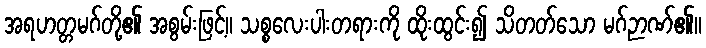
အရဟတ္တမဂ်တို့၏ အစွမ်းဖြင့်။ သစ္စလေးပါးတရားကို ထိုးထွင်း၍ သိတတ်သော မဂ်ဉာဏ်၏။